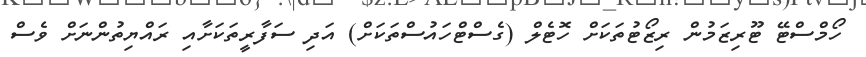
ހޯމްސްޓޭ ޓޫރިޒަމުން ރިޒޯޓުތަކަށް ހޮޓެލް (ގެސްޓްހައުސްތަކަށް) އަދި ސަފާރީތަކަށާއި ރައްޔިތުންނަށް ވެސް